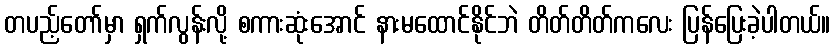
တပည့်တော်မှာ ရှက်လွန်းလို့ စကားဆုံးအောင် နားမထောင်နိုင်ဘဲ တိတ်တိတ်ကလေး ပြန်ပြေးခဲ့ပါတယ်။